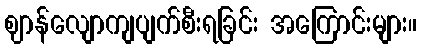
ဈာန်လျောကျပျက်စီးရခြင်း အကြောင်းများ။